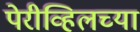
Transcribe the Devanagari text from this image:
पेरीव्हिलच्या